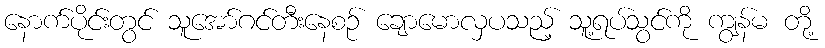
နောက်ပိုင်းတွင် သူအော်ဂင်တီးနေစဉ် ချောမောလှပသည့် သူ့ရပ်သွင်ကို ကျွန်မ တို့